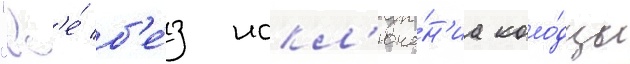
"вс'е́ б'е́з искл'юче́н'иа коло́дцы